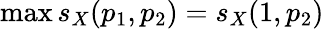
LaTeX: \operatorname*{max}s_{X}(p_{1},p_{2})=s_{X}(1,p_{2})